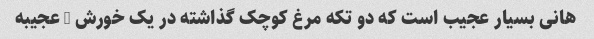
هانی بسیار عجیب است که دو تکه مرغ کوچک گذاشته در یک خورش … عجیبه